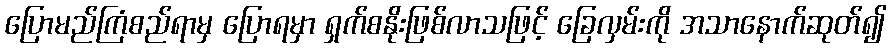
ပြောမည်ကြံစည်ရာမှ ပြောရမှာ ရှက်စနိုးဖြစ်လာသဖြင့် ခြေလှမ်းကို အသာနောက်ဆုတ်၍